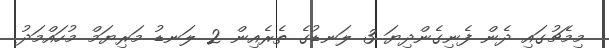
މިމެޗުގައި ދެން ފެނިގެންދިޔަ 3 ލަނޑުގެ ތެރެއިން 2 ލަނޑު މަރިޔަމް މުހައްމަދު